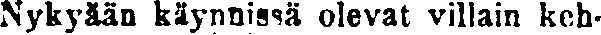
Nykyään käynnissä olevat villain keh-